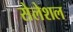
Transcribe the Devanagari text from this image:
सेलेशल